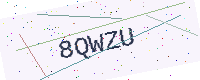
Text: 8QWZU